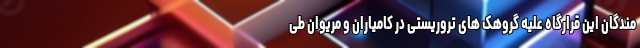
مندگان این قرارگاه علیه گروهک های تروریستی در کامیاران و مریوان طی